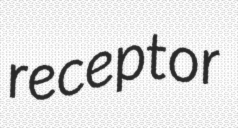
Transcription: receptor